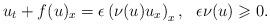
LaTeX: \begin{align*} u_t + f(u)_x = \epsilon \left( \nu(u) u_x \right)_x,~~\epsilon \nu(u) \geqslant 0.\end{align*}